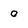
Character: O